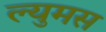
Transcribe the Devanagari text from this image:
ल्युमस